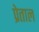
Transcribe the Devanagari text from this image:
प्रेताल